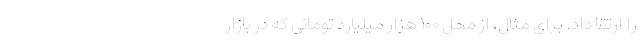
را ارتقا داد. برای مثال، از محل ۱۰۰ هزار میلیارد تومانی که در بازار